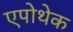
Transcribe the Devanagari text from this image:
एपोथेक